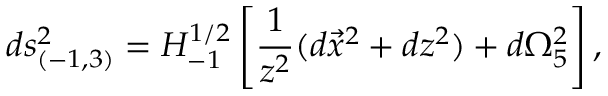
d s _ { ( - 1 , 3 ) } ^ { 2 } = H _ { - 1 } ^ { 1 / 2 } \left[ { \frac { 1 } { z ^ { 2 } } } ( d \vec { x } ^ { 2 } + d z ^ { 2 } ) + d \Omega _ { 5 } ^ { 2 } \right] ,